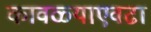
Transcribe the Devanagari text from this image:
कावळ्याएवढा